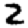
Digit: 2